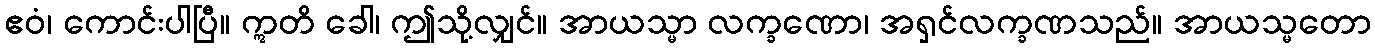
ဧဝံ၊ ကောင်းပါပြီ။ ဣတိ ခေါ၊ ဤသို့လျှင်။ အာယသ္မာ လက္ခဏော၊ အရှင်လက္ခဏသည်။ အာယသ္မတော